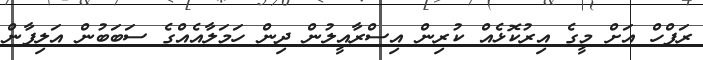
ރަފްހް އަށް މީގެ އިރުކޮޅެއް ކުރިން އިސްރާއީލުން ދިން ހަމަލާއެއްގެ ސަބަބުން އަލިފާން